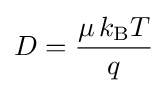
D={\frac {\mu \,k_{\text{B}}T}{q}}